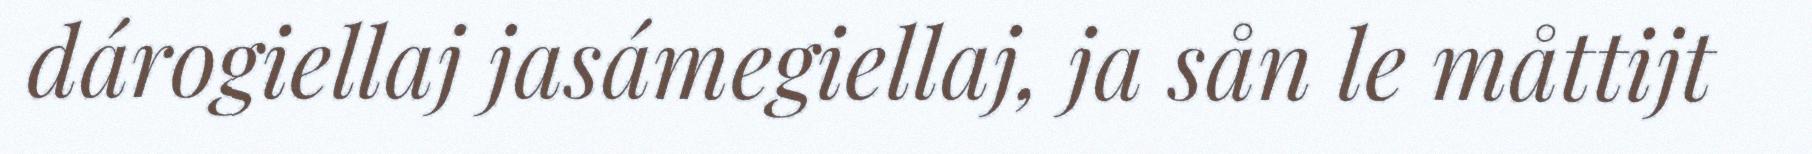
dárogiellaj jasámegiellaj, ja sån le måttijt